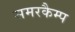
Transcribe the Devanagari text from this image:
समरकैम्प